Report on horse surra - Volume II, Part I
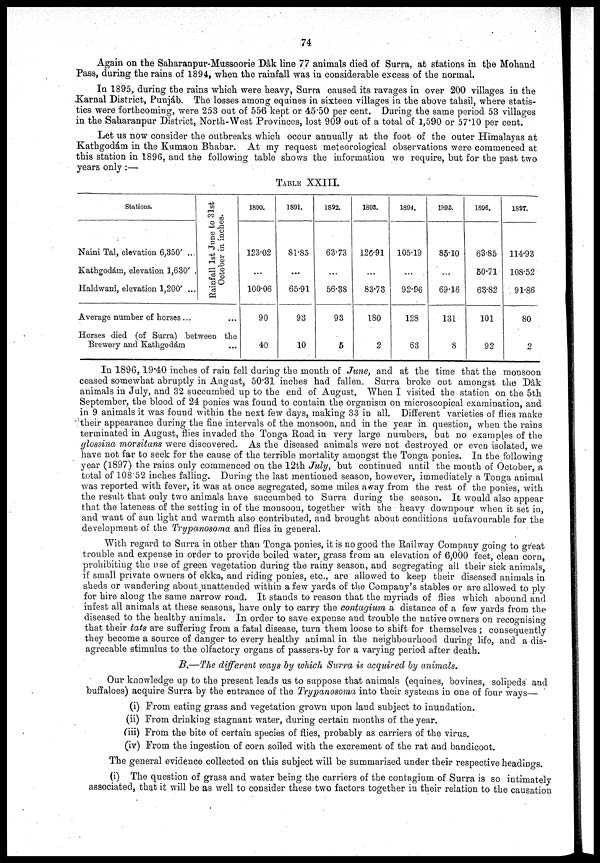
74
Again on the Saharanpur-Mussoorie Dâk line 77 animals died of Surra, at stations in the Mohand
Pass, during the rains of 1894, when the rainfall was in considerable excess of the normal.
In 1895, during the rains which were heavy, Surra caused its ravages in over 200 villages in the
Karnal District, Punjáb. The losses among equines in sixteen villages in the above tahsil, where statis-
tics were forthcoming, were 253 out of 556 kept or 45.50 per cent. During the same period 53 villages
in the Saharanpur District, North-West Provinces, lost 909 out of a total of 1,590 or 57.10 per cent.
Let us now consider the outbreaks which occur annually at the foot of the outer Himalayas at
Kathgodám in the Kumaon Bhabar. At my request meteorological observations were commenced at
this station in 1896, and the following table shows the information we require, but for the past two
years only:—
TABLE XXIII.
Stations.
Naini Tal, elevation 6,350' ...
Kathgodám, elevation 1,630' .
Haldwani, elevation 1,200' ...
Average number of horses ...
Rainfall 1st June to 31st
October in inches.
...
Horses died (of Surra) between the
Brewery and Kathgodám
1890.
123.02
...
100.06
90
40
1891.
81.85
...
65.91
93
10
1892.
63.73
...
56.38
93
5
1893.
126.91
...
83.73
180
2
1894.
105.19
...
92.96
128
63
1895.
85.10
...
69.16
131
8
1896.
63.85
50.71
63.82
101
92
1897.
114.93
108.52
91.86
80
2
In 1896, 19.40 inches of rain fell during the month of June, and at the time that the monsoon
ceased somewhat abruptly in August, 50.31 inches had fallen. Surra broke out amongst the Dâk
animals in July, and 32 succumbed up to the end of August. When I visited the station on the 5th
September, the blood of 24 ponies was found to contain the organism on microscopical examination, and
in 9 animals it was found within the next few days, making 33 in all. Different varieties of flies make
their appearance during the fine intervals of the monsoon, and in the year in question, when the rains
terminated in August, flies invaded the Tonga Road in very large numbers, but no examples of the
glossina morsitans were discovered. As the diseased animals were not destroyed or even isolated, we
have not far to seek for the cause of the terrible mortality amongst the Tonga ponies. In the following
year (1897) the rains only commenced on the 12th July, but continued until the month of October, a
total of 108.52 inches falling. During the last mentioned season, however, immediately a Tonga animal
was reported with fever, it was at once segregated, some miles away from the rest of the ponies, with
the result that only two animals have succumbed to Surra during the season. It would also appear
that the lateness of the setting in of the monsoon, together with the heavy downpour when it set in,
and want of sun light and warmth also contributed, and brought about conditions unfavourable for the
development of. the Trypanosoma and flies in general.
With regard to Surra in other than Tonga ponies, it is no good the Railway Company going to great
trouble and expense in order to provide boiled water, grass from an elevation of 6,000 feet, clean corn,
prohibiting the use of green vegetation during the rainy season, and segregating all their sick animals,
if small private owners of ekka, and riding ponies, etc., are allowed to keep their diseased animals in
sheds or wandering about unattended within a few yards of the Company's stables or are allowed to ply
for hire along the same narrow road. It stands to reason that the myriads of flies which abound and
infest all animals at these seasons, have only to carry the contagium a distance of a few yards from the
diseased to the healthy animals. In order to save expense and trouble the native owners on recognising
that their tats are suffering from a fatal disease, turn them loose to shift for themselves ; consequently
they become a source of danger to every healthy animal in the neighbourhood during life, and a dis-
agreeable stimulus to the olfactory organs of passers-by for a varying period after death.
B—The different ways by which Surra is acquired by animals.
Our knowledge up to the present leads us to suppose that animals (equines, bovines, solipeds and
buffaloes) acquire Surra by the entrance of the Trypanosoma into their systems in one of four ways—
(i) From eating grass and vegetation grown upon land subject to inundation.
(ii) From drinking stagnant water, during certain months of the year.
(iii) From the bite of certain species of flies, probably as carriers of the virus.
(iv) From the ingestion of corn soiled with the excrement of the rat and bandicoot.
The general evidence collected on this subject will be summarised under their respective headings.
(i) The question of grass and water being the carriers of the contagium of Surra is so intimately
associated, that it will be as well to consider these two factors together in their relation to the causation